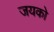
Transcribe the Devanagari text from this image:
जयको